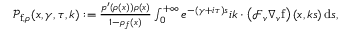
\begin{array} { r } { \mathcal { P } _ { \mathrm { f } , \rho } ( x , \gamma , \tau , k ) : = \frac { p ^ { \prime } ( \rho ( x ) ) \rho ( x ) } { 1 - \rho _ { f } ( x ) } \int _ { 0 } ^ { + \infty } e ^ { - ( \gamma + i \tau ) s } i k \cdot \left( \mathcal { F } _ { v } \nabla _ { v } \mathrm { f } \right) ( x , k s ) \, \mathrm { d } s , } \end{array}